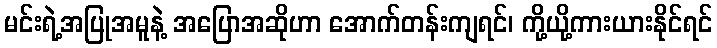
မင်းရဲ့အပြုအမူနဲ့ အပြောအဆိုဟာ အောက်တန်းကျရင်၊ ကို့ယို့ကားယားနိုင်ရင်